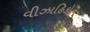
વીઝાહિકોન